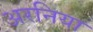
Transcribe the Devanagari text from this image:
अरनिया